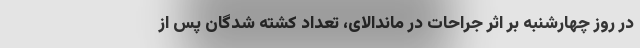
در روز چهارشنبه بر اثر جراحات در ماندالای، تعداد کشته شدگان پس از